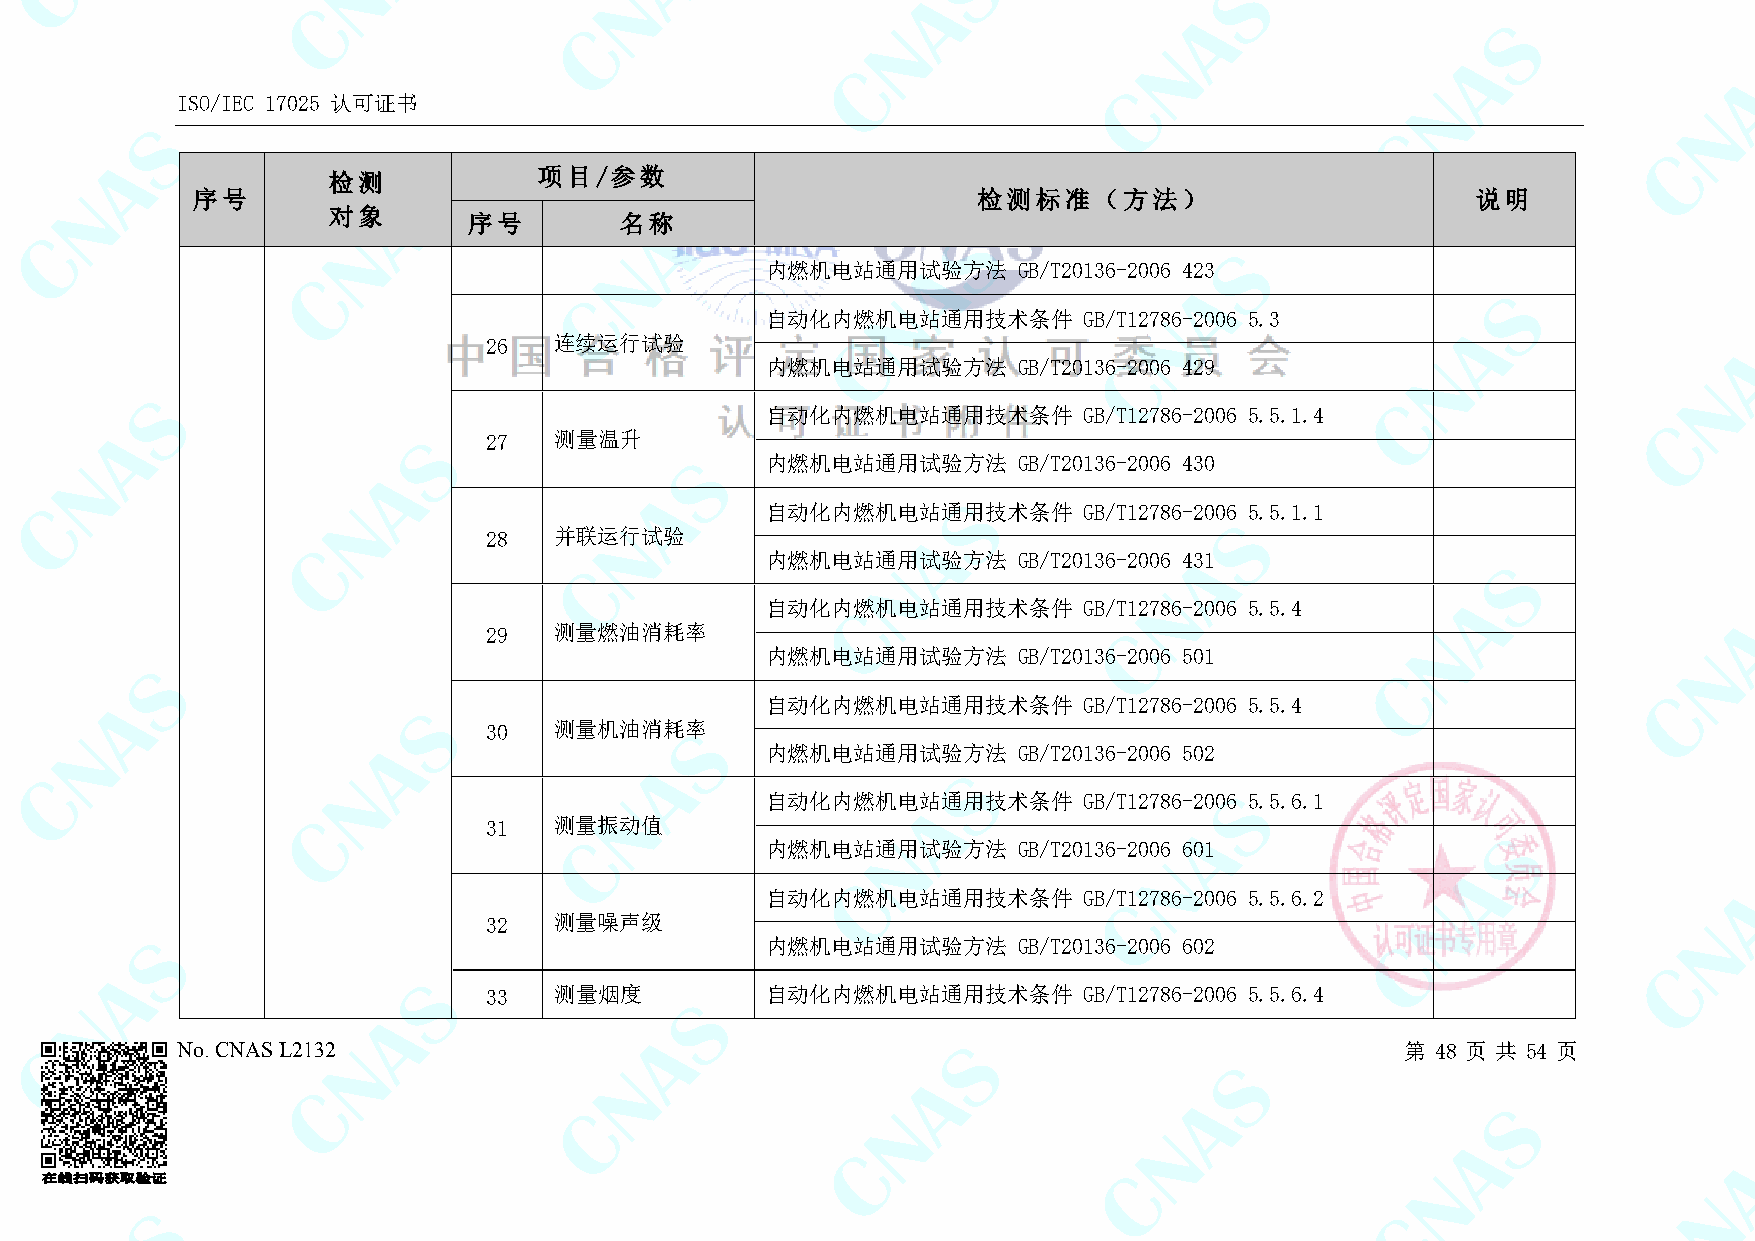
ISO/IEC 17025 认可证书
 检测            项目/参数
 序号                                                  检测标准（方法）                         说明
 对象
 序号        名称
 内燃机电站通用试验方法     GB/T20136-2006 423
 自动化内燃机电站通用技术条件       GB/T12786-2006 5.3
 26   连续运行试验
 内燃机电站通用试验方法     GB/T20136-2006 429
 自动化内燃机电站通用技术条件       GB/T12786-2006 5.5.1.4
 27   测量温升
 内燃机电站通用试验方法     GB/T20136-2006 430
 自动化内燃机电站通用技术条件       GB/T12786-2006 5.5.1.1
 28   并联运行试验
 内燃机电站通用试验方法     GB/T20136-2006 431
 自动化内燃机电站通用技术条件       GB/T12786-2006 5.5.4
 29   测量燃油消耗率
 内燃机电站通用试验方法     GB/T20136-2006 501
 自动化内燃机电站通用技术条件       GB/T12786-2006 5.5.4
 30   测量机油消耗率
 内燃机电站通用试验方法     GB/T20136-2006 502
 自动化内燃机电站通用技术条件       GB/T12786-2006 5.5.6.1
 31   测量振动值
 内燃机电站通用试验方法     GB/T20136-2006 601
 自动化内燃机电站通用技术条件       GB/T12786-2006 5.5.6.2
 32   测量噪声级
 内燃机电站通用试验方法     GB/T20136-2006 602
 33   测量烟度          自动化内燃机电站通用技术条件       GB/T12786-2006 5.5.6.4
 No. CNAS L2132                                                                   第 48 页 共 54 页